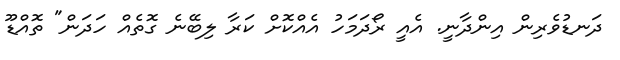
ދަނޑުވެރިން އިންދާނީ. އެއީ ރޯދަމަހު އެއްކޮށް ކަރާ ލިބޭނެ ގޮތެއް ހަދަން" ތޮއްޑޫ